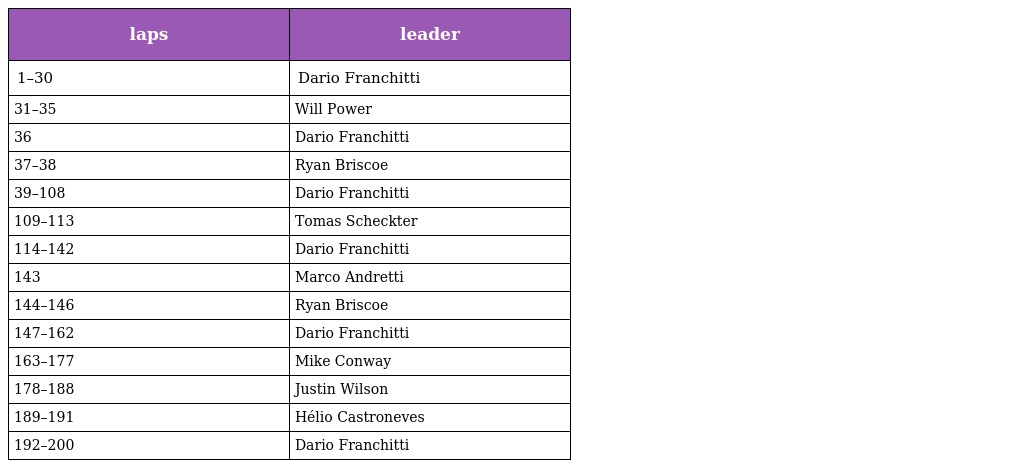
| laps | leader |
 | --- | --- |
 | 1–30 | Dario Franchitti |
 | 31–35 | Will Power |
 | 36 | Dario Franchitti |
 | 37–38 | Ryan Briscoe |
 | 39–108 | Dario Franchitti |
 | 109–113 | Tomas Scheckter |
 | 114–142 | Dario Franchitti |
 | 143 | Marco Andretti |
 | 144–146 | Ryan Briscoe |
 | 147–162 | Dario Franchitti |
 | 163–177 | Mike Conway |
 | 178–188 | Justin Wilson |
 | 189–191 | Hélio Castroneves |
 | 192–200 | Dario Franchitti |